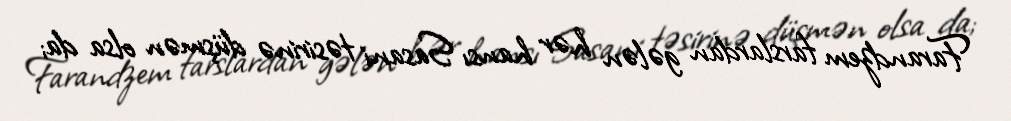
Farandzem farslardan gələn hər hansı Sasani təsirinə düşmən olsa da;